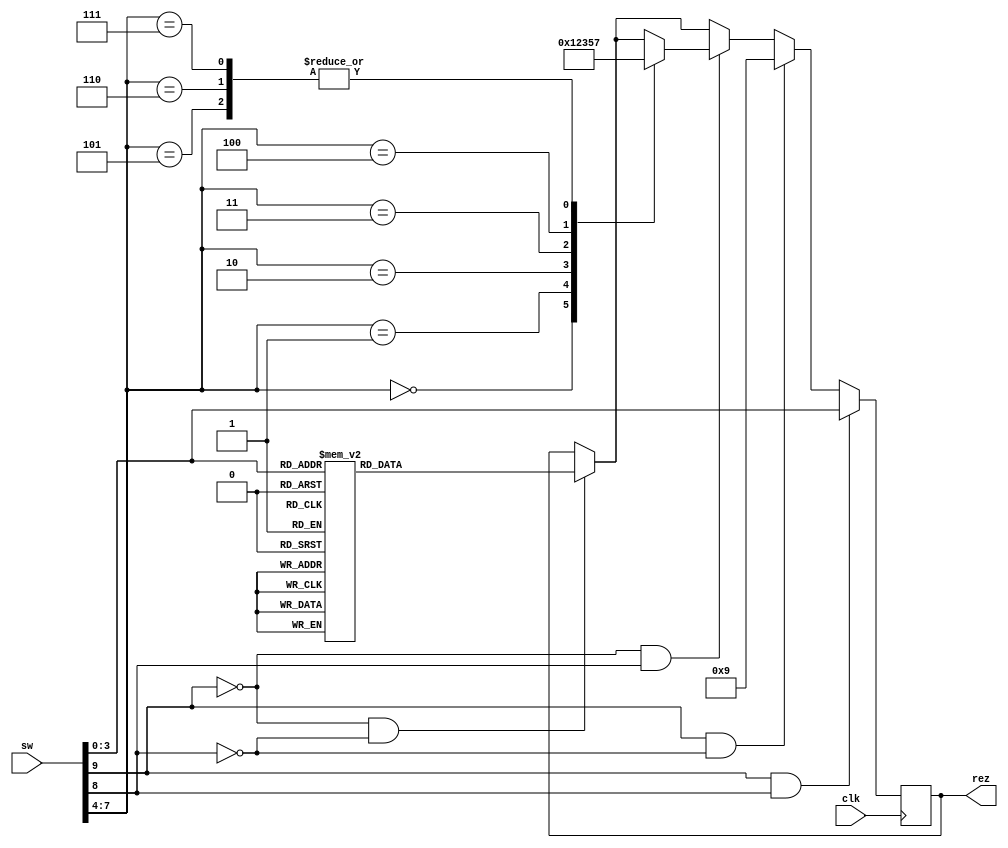
module decoder (
					input             clk,
					input       [9:0] sw,
					output    	[3:0] rez
				);
reg [3:0] decoder_output;
parameter fal = 4'b1001;


always @(posedge clk)
begin
	if (sw[9] == 0 && sw[8]==0)
	case (sw[3:0])
	4'b0000: decoder_output <=0;
	4'b0001: decoder_output <=1;
	4'b0010: decoder_output <=2;
	4'b0011: decoder_output <=3;
	4'b0100: decoder_output <=4;
	4'b0101: decoder_output <=5;
	4'b0110: decoder_output <=6;
	4'b0111: decoder_output <=7;
	
	4'b1000: decoder_output <=8;
	4'b1001: decoder_output <=9;
	4'b1010: decoder_output <=10;
	4'b1011: decoder_output <=11;
	4'b1100: decoder_output <=12;
	4'b1101: decoder_output <=13;
	4'b1110: decoder_output <=14;
	4'b1111: decoder_output <=15;
	
	endcase 
	
	if (sw[9] == 0 && sw[8] == 1)
	case (sw[7:4])
	4'b0000: decoder_output <=0;
	4'b0001: decoder_output <=1;
	4'b0010: decoder_output <=2;
	4'b0011: decoder_output <=3;
	4'b0100: decoder_output <=5;
	4'b0101: decoder_output <=7;
	4'b0110: decoder_output <=7;
	4'b0111: decoder_output <=7;
	endcase 
	
	
	if (sw[9] == 1 && sw[8] == 0)
		decoder_output <= fal; 
	
	if (sw[9] == 1 && sw[8] == 1)
		decoder_output <= sw[3:0];
	
	
	
	
	
	
	
	
	
	

end
assign rez = decoder_output;			

endmodule